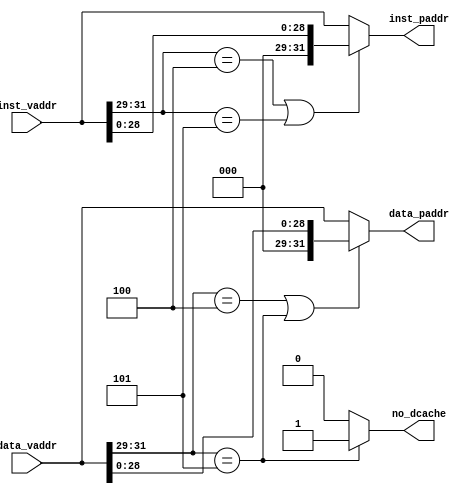
module mmu (
    input wire  [31:0] inst_vaddr,
    output wire [31:0] inst_paddr,
    input wire  [31:0] data_vaddr,
    output wire [31:0] data_paddr,

    output wire no_dcache    //d cache
);
    wire inst_kseg0, inst_kseg1;
    wire data_kseg0, data_kseg1;

    assign inst_kseg0 = inst_vaddr[31:29] == 3'b100;
    assign inst_kseg1 = inst_vaddr[31:29] == 3'b101;
    assign data_kseg0 = data_vaddr[31:29] == 3'b100;
    assign data_kseg1 = data_vaddr[31:29] == 3'b101;

    assign inst_paddr = inst_kseg0 | inst_kseg1 ?
           {3'b0, inst_vaddr[28:0]} : inst_vaddr;
    assign data_paddr = data_kseg0 | data_kseg1 ?
           {3'b0, data_vaddr[28:0]} : data_vaddr;
    
    assign no_dcache = data_kseg1 ? 1'b1 : 1'b0;

endmodule